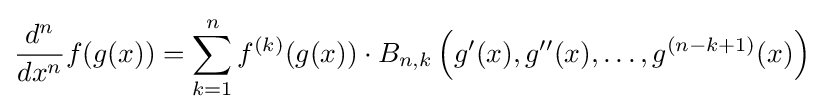
{d^{n} \over dx^{n}}f(g(x))=\sum _{k=1}^{n}f^{(k)}(g(x))\cdot B_{n,k}\left(g'(x),g''(x),\dots ,g^{(n-k+1)}(x)\right)